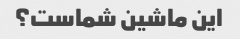
این ماشین شماست؟